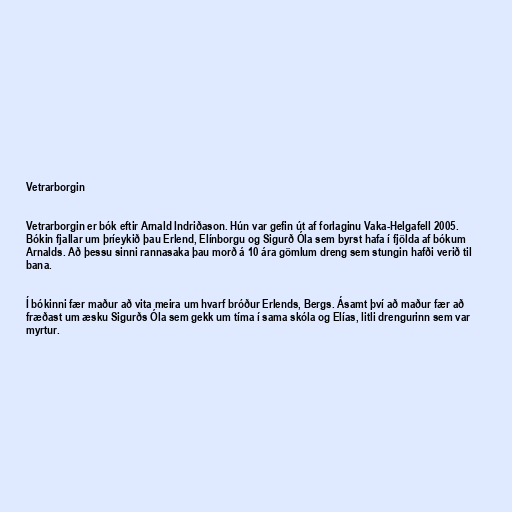
Vetrarborgin

Vetrarborgin er bók eftir Arnald Indriðason. Hún var gefin út af forlaginu Vaka-Helgafell 2005.
Bókin fjallar um þríeykið þau Erlend, Elínborgu og Sigurð Óla sem byrst hafa í fjölda af bókum
Arnalds. Að þessu sinni rannasaka þau morð á 10 ára gömlum dreng sem stungin hafði verið til
bana.

Í bókinni fær maður að vita meira um hvarf bróður Erlends, Bergs. Ásamt því að maður fær að
fræðast um æsku Sigurðs Óla sem gekk um tíma í sama skóla og Elías, litli drengurinn sem var
myrtur.